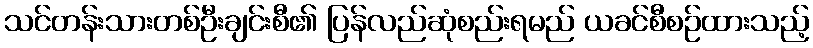
သင်တန်းသားတစ်ဦးချင်းစီ၏ ပြန်လည်ဆုံစည်းရမည် ယခင်စီစဉ်ထားသည့်